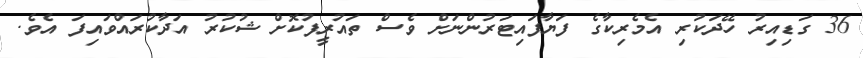
36 ގަޑިއިރު ހޭދަކުރި އެމެރިކާގެ ފަޔާފައިޓަރުންނަށް ވެސް ތައުރީފުކޮށް ޝުކުރު އަދާކުރައްވައިފަ އެވެ.